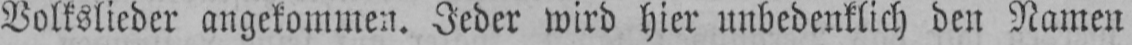
Volkslieder angekommen. Jeder wird hier unbedenklich den Namen